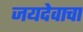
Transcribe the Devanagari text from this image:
जयदेवाचा